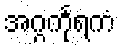
အဂ္ဂင်္ကုရကံ